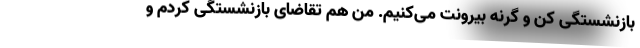
بازنشستگی کن و گرنه بیرونت می‌کنیم. من هم تقاضای بازنشستگی کردم و